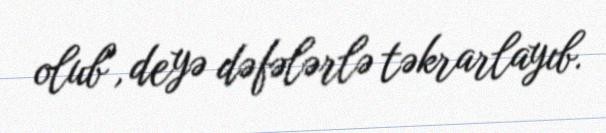
olub", deyə dəfələrlə təkrarlayıb.